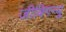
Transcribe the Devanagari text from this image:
जीबिगन्यू